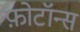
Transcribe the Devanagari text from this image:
फ़ोटॉन्स